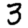
Digit: 3